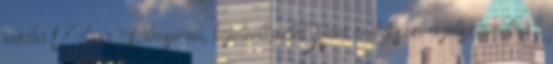
média Üdv a Filmsoron, bejelentkeztél Nem emlékszel a jelszavadra?